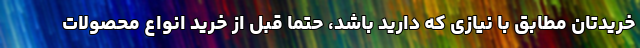
خریدتان مطابق با نیازی که دارید باشد، حتماً قبل از خرید انواع محصولات